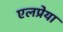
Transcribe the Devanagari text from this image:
एलप्रेया